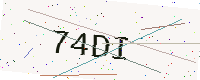
Text: 74DI